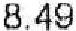
8.49